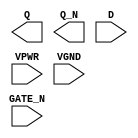
module sky130_fd_sc_hs__dlxbn (
    Q     ,
    Q_N   ,
    D     ,
    GATE_N,
    VPWR  ,
    VGND
);

    output Q     ;
    output Q_N   ;
    input  D     ;
    input  GATE_N;
    input  VPWR  ;
    input  VGND  ;
endmodule